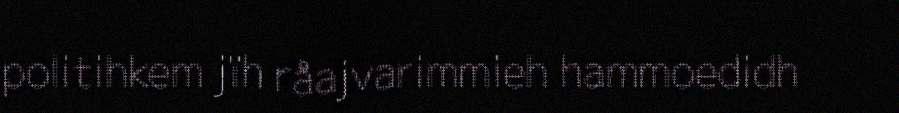
politihkem jïh råajvarimmieh hammoedidh